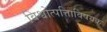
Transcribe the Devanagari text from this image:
विश्वोत्पत्तिाविषयक